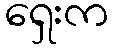
ရှေးက